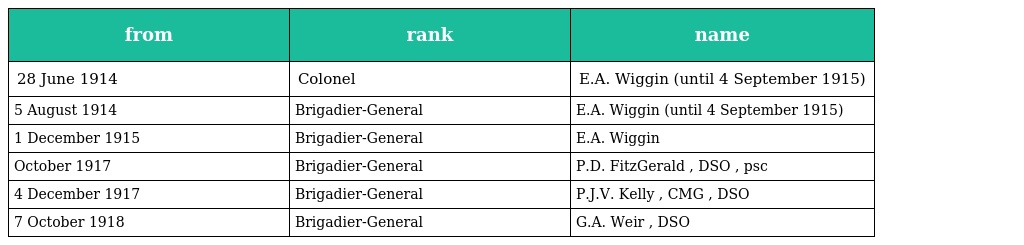
| from | rank | name |
 | --- | --- | --- |
 | 28 June 1914 | Colonel | E.A. Wiggin (until 4 September 1915) |
 | 5 August 1914 | Brigadier-General | E.A. Wiggin (until 4 September 1915) |
 | 1 December 1915 | Brigadier-General | E.A. Wiggin |
 | October 1917 | Brigadier-General | P.D. FitzGerald , DSO , psc |
 | 4 December 1917 | Brigadier-General | P.J.V. Kelly , CMG , DSO |
 | 7 October 1918 | Brigadier-General | G.A. Weir , DSO |